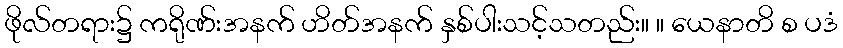
ဖိုလ်တရား၌ ကရိုဏ်းအနက် ဟိတ်အနက် နှစ်ပါးသင့်သတည်း။ ။ ယေနာတိ စ ပဒံ